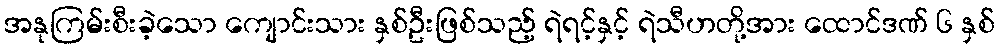
အနုကြမ်းစီးခဲ့သော ကျောင်းသား နှစ်ဦးဖြစ်သည့် ရဲရင့်နှင့် ရဲသီဟတို့အား ထောင်ဒဏ် ၆ နှစ်